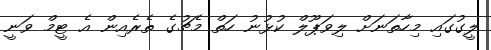
ލީގުގައި މިހާތަނަށް ލިވަޕޫލް ކުޅުނު ހަތް މެޗުގެ ތެރެއިން އެ ޓީމް ވަނީ